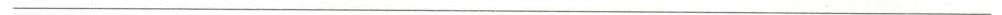
___